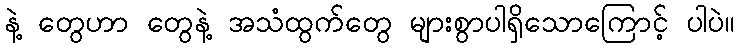
နဲ့ တွေဟာ တွေနဲ့ အသံထွက်တွေ များစွာပါရှိသောကြောင့် ပါပဲ။